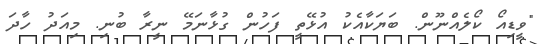
"ވީޑިއޯ ކޯލެއްނޫން. ބަޔަކާއެކު އުޅޭތީ ފަހުން ގުޅާނަމޭ ނީރާ ބުނި. މިއަދު ހާދަ